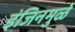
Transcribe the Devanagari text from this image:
इंजिनमुळे